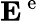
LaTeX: {\mathbf E}^{\mathrm{~e~}}